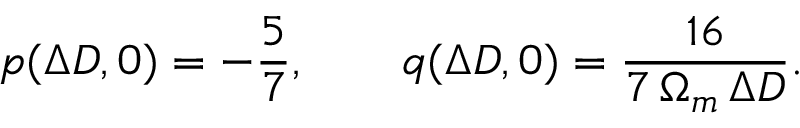
p ( \Delta D , 0 ) = - \frac { 5 } { 7 } , \qquad q ( \Delta D , 0 ) = \frac { 1 6 } { 7 \, \Omega _ { m } \, \Delta D } .